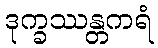
ဒုက္ခဿန္တကရံ